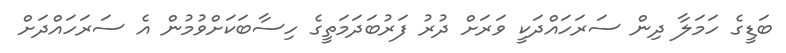
ބަޑީގެ ހަމަލާ ދިން ސަރަހައްދަކީ ވަރަށް ދުރު ފަރުބަދަމަތީގެ ހިސާބަކަށްވުމުން އެ ސަރަހައްދަށް